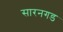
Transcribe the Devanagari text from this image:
सारनगड